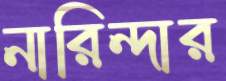
নারিন্দার